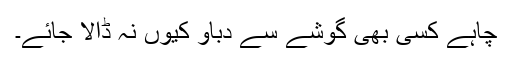
چاہے کسی بھی گوشے سے دباؤ کیوں نہ ڈالا جائے۔